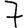
Digit: 7